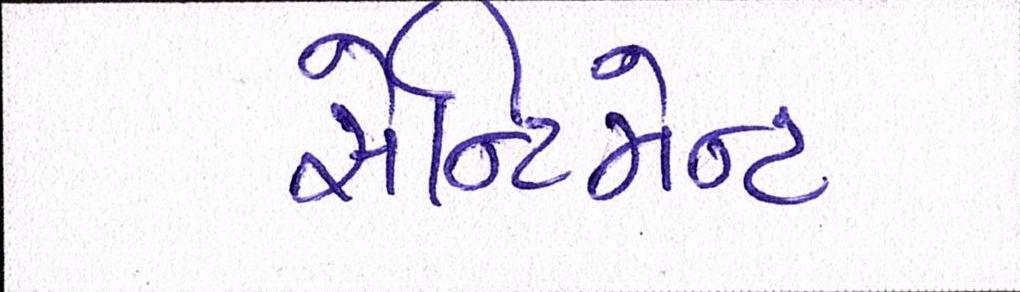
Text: સેન્ટિમેન્ટ